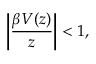
\bigg \vert \frac { \beta V ( z ) } { z } \bigg \vert < 1 ,